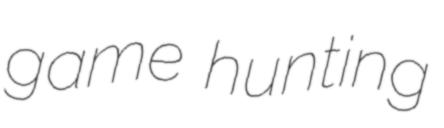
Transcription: game hunting